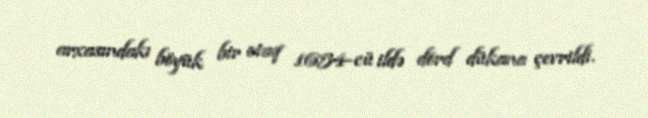
arxasındakı böyük bir otaq 1654-cü ildə dörd dükana çevrildi.